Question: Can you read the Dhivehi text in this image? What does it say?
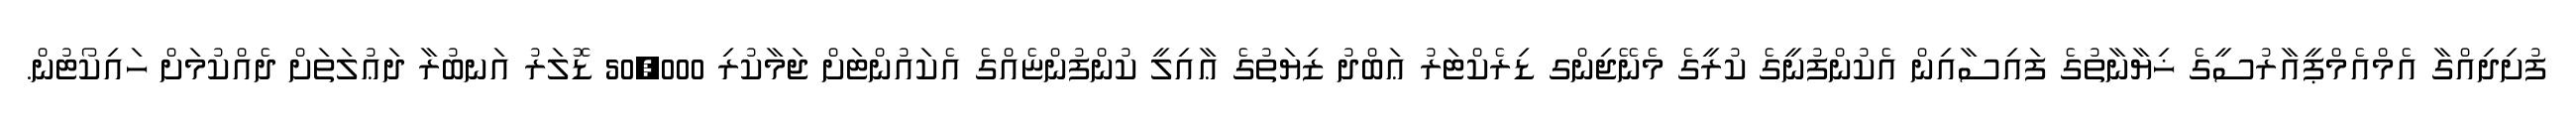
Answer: ފުށިދިއްގާ އެމްއެމްޕީއާރުސީގެ ޚިޔާނާތުގެ ފައިސާއިން އެކުންފުނީގެ ކުރީގެ މެނޭޖިންގ ޑިރެކްޓަރު ޢަބްދު ޒިޔަތުގެ ޢާއިލީ ކުންފުންޏެއްގެ އެކައުންޓަށް ޖަމާކުރި 50,000 ޑޮލަރު އަނބުރާ ދަޢުލަތަށް ދެއްކުމަށް ހައިކޯޓުން.